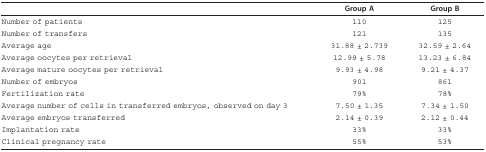
|  | Group A | Group B |
 | --- | --- | --- |
 | Number of patients | 110 | 125 |
 | Number of transfers | 121 | 135 |
 | Average age | 31.88 ± 2.739 | 32.59 ± 2.64 |
 | Average oocytes per retrieval | 12.99 ± 5.78 | 13.23 ± 6.84 |
 | Average mature oocytes per retrieval | 9.93 ± 4.98 | 9.21 ± 4.37 |
 | Number of embryos | 901 | 861 |
 | Fertilization rate | 79% | 78% |
 | Average number of cells in transferred embryos, observed on day 3 | 7.50 ± 1.35 | 7.34 ± 1.50 |
 | Average embryos transferred | 2.14 ± 0.39 | 2.12 ± 0.44 |
 | Implantation rate | 33% | 33% |
 | Clinical pregnancy rate | 55% | 53% |